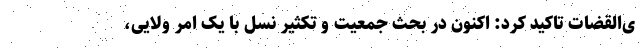
ی‌القضات تاکید کرد: اکنون در بحث جمعیت و تکثیر نسل با یک امر ولایی،